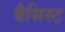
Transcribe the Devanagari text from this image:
बैसिस्ट